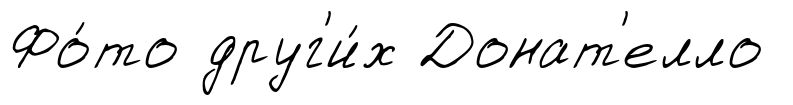
Фо́то друг'и́х Донат'елло